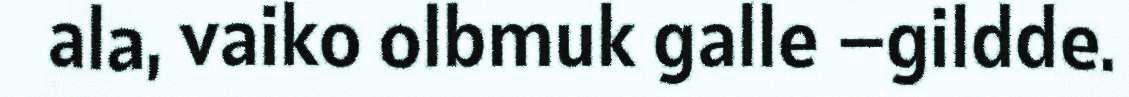
ala, vaiko olbmuk galle –gildde.